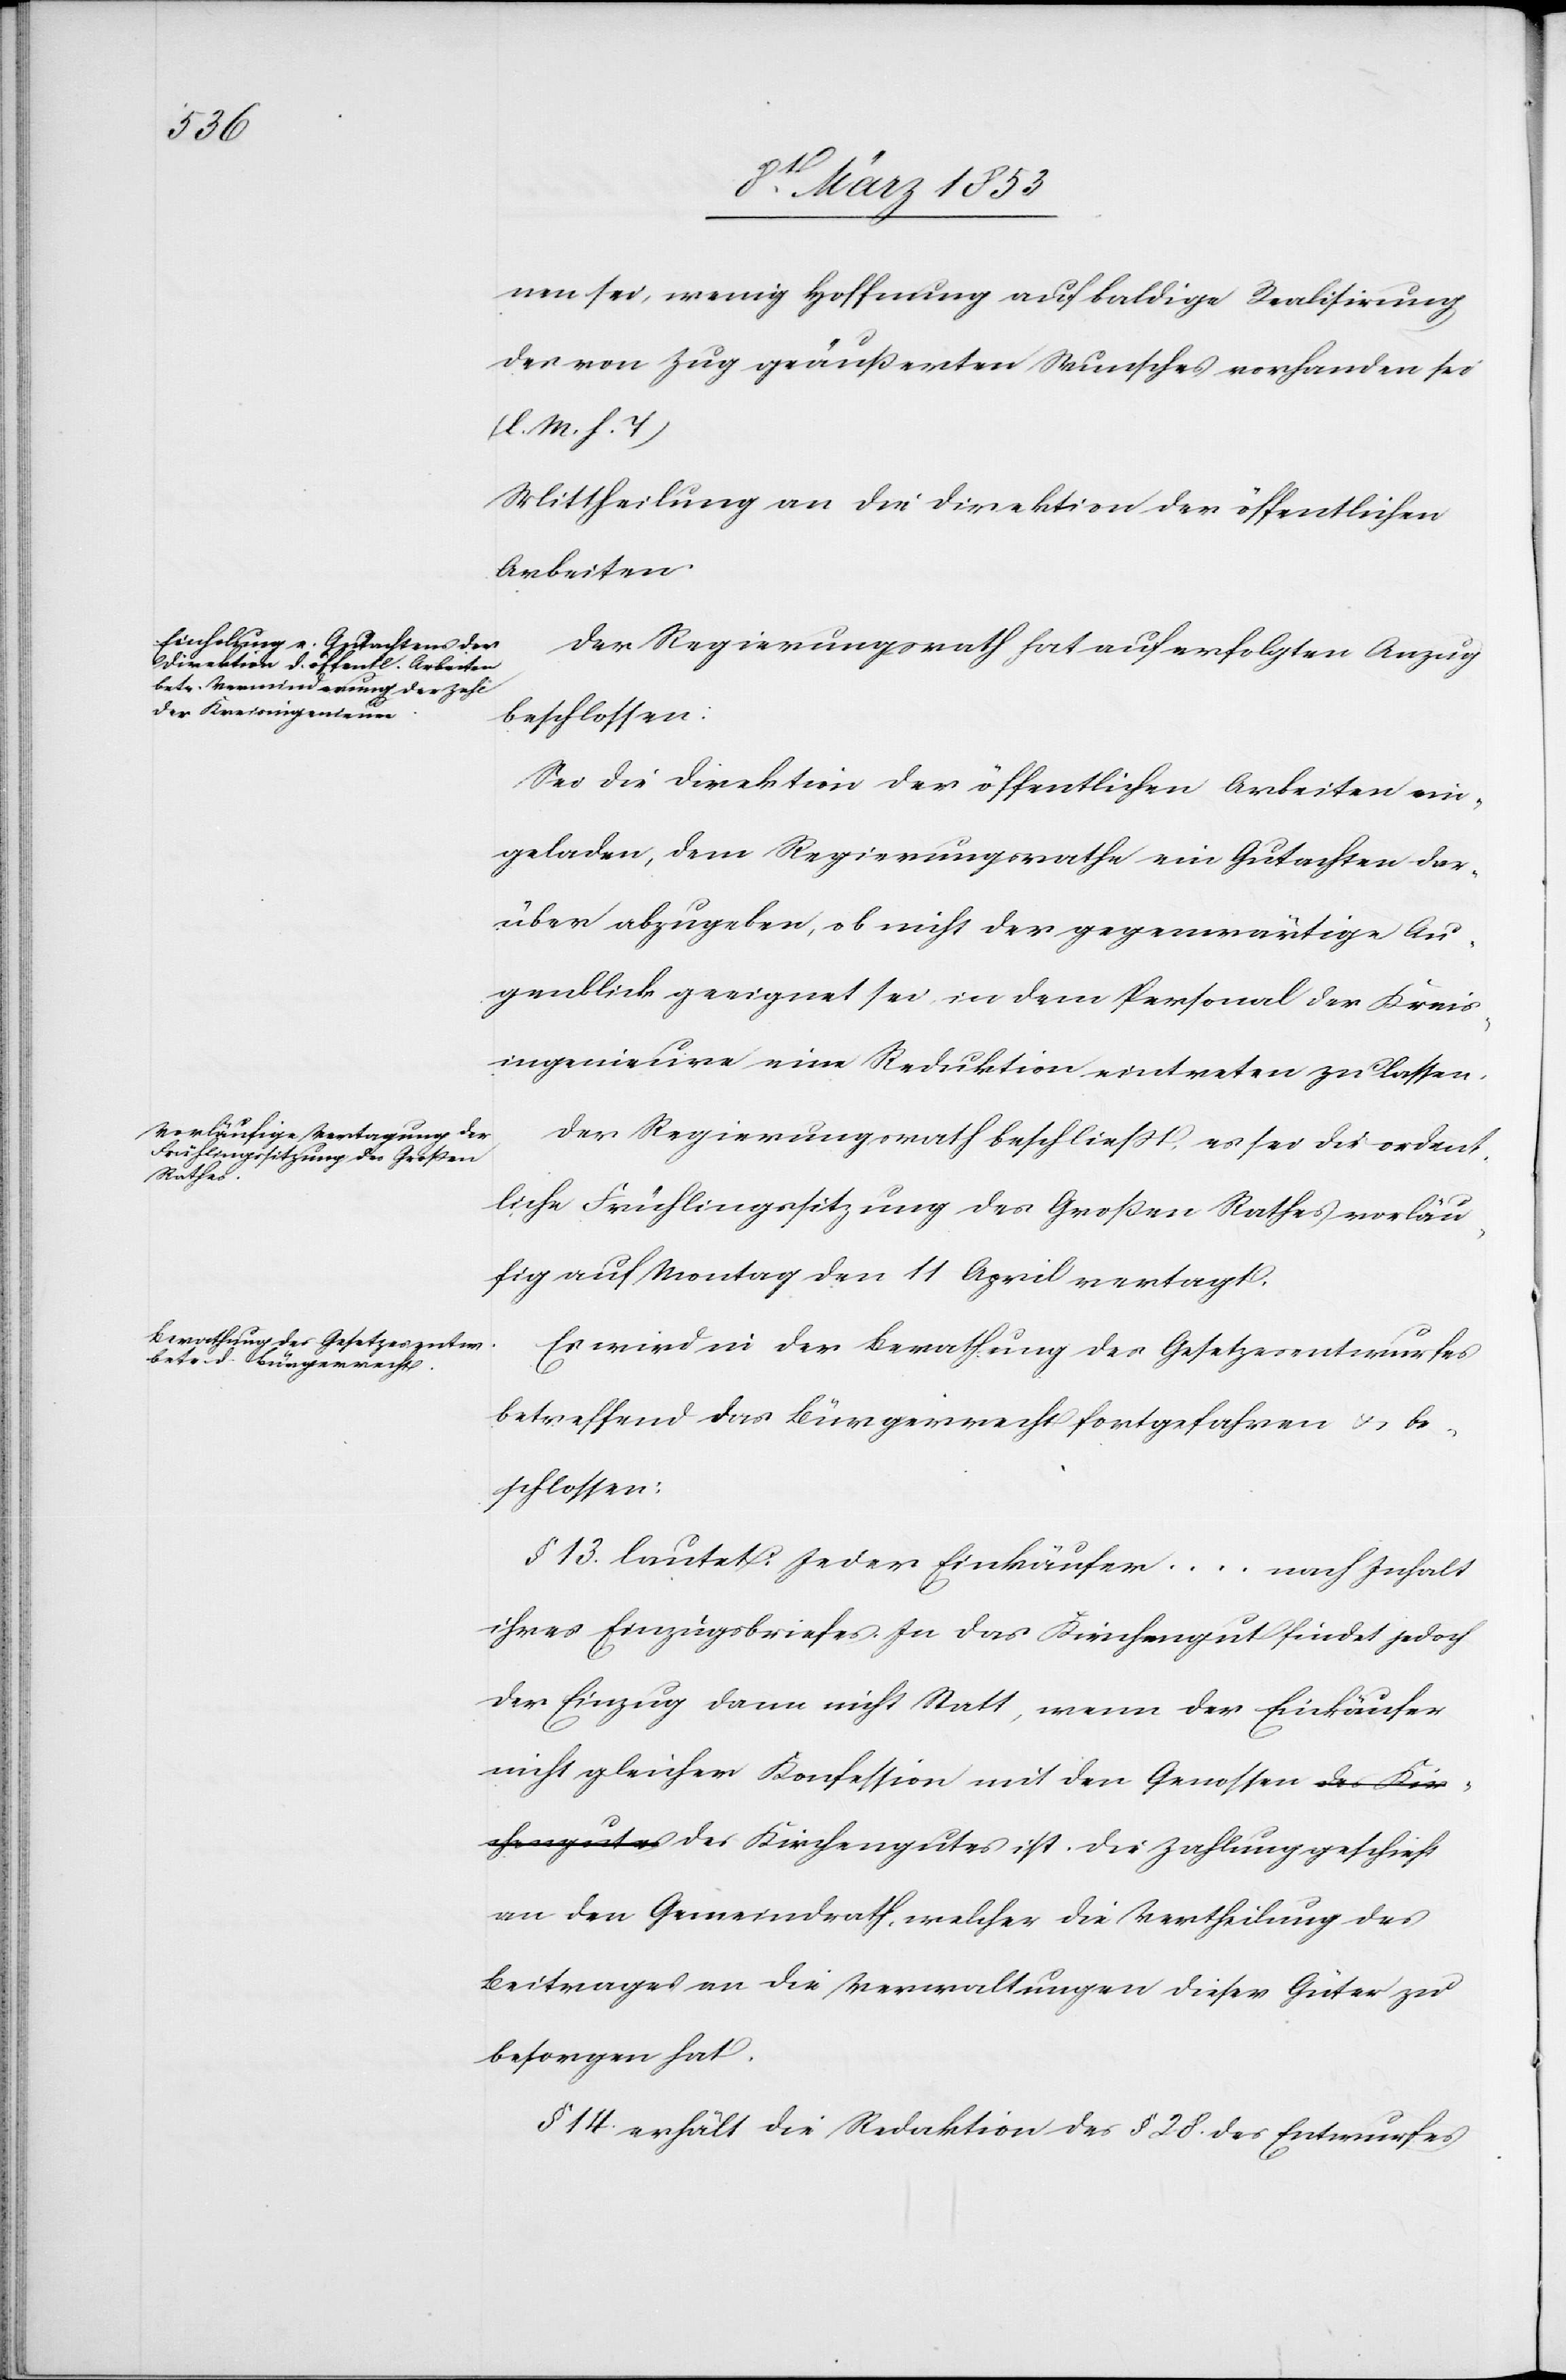
hengutes

nen sei, wenig Hoffnung auf baldige Realisirung
des von Zug geäußerten Wunsches vorhanden sei.
[l. M. h. T]
Mittheilung an die Direktion der öffentlichen
Arbeiten.
Der Regierungsrath hat auf erfolgten Anzug
beschlossen:
Sei die Direktion der öffentlichen Arbeiten ein¬
geladen, dem Regierungsrathe ein Gutachten dar¬
über abzugeben, ob nicht der gegenwärtige Au¬
genblick geeignet sei, in dem Personal der Kreis¬
ingenieure eine Reduktion eintreten zu lassen.
Der Regierungsrath beschließt es sei die ordent¬
liche Frühlingssitzung des Großen Rathes vorläu¬
fig auf Montag den 11 April vertagt.
Es wird in der Berathung des Gesetzesentwurfes
betreffend das Bürgerrecht fortgefahren u. be¬
schlossen:
§. 13. lautet: Jeder Einkäufer…nach Inhalt
ihres Einzugsbriefes. In das Kirchengut findet jedoch
der Einzug dann nicht Statt, wenn der Einkäufer
nicht gleicher Konfession mit den Genossen des Kirc¬
an den Gemeindrath, welcher die Vertheilung des
Beitrages an die Verwaltungen dieser Güter zu
besorgen hat.
§ 14. erhält die Redaktion des § 28. des Entwurfes